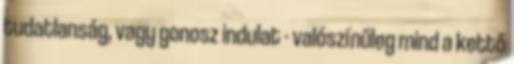
tudatlanság, vagy gonosz indulat - valószínűleg mind a kettő